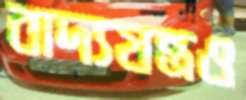
বাদ্যযন্ত্রও